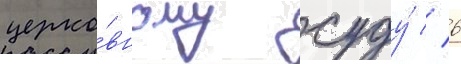
церко́вному суду́ // 6